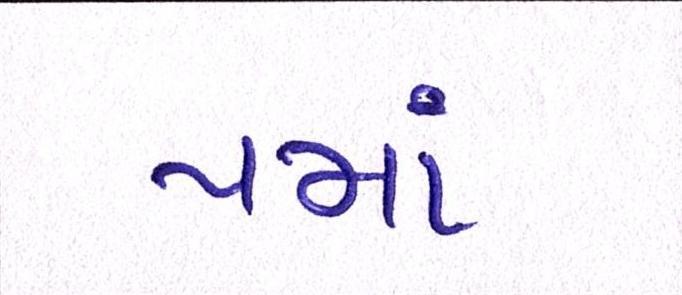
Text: પમાં